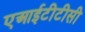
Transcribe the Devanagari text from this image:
एआईटीटीसी